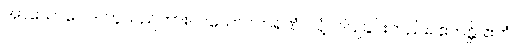
အာယောဂေါ - ဟူသည်ကား။ ပယောဂကရဏံ၊ လုံ့လပြုခြင်းတည်း။ ဧတန္တိ၊ ဧတံ